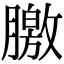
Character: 𣎣